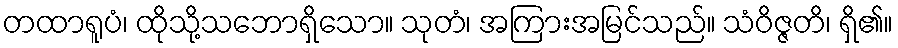
တထာရူပံ၊ ထိုသို့သဘောရှိသော။ သုတံ၊ အကြားအမြင်သည်။ သံဝိဇ္ဇတိ၊ ရှိ၏။